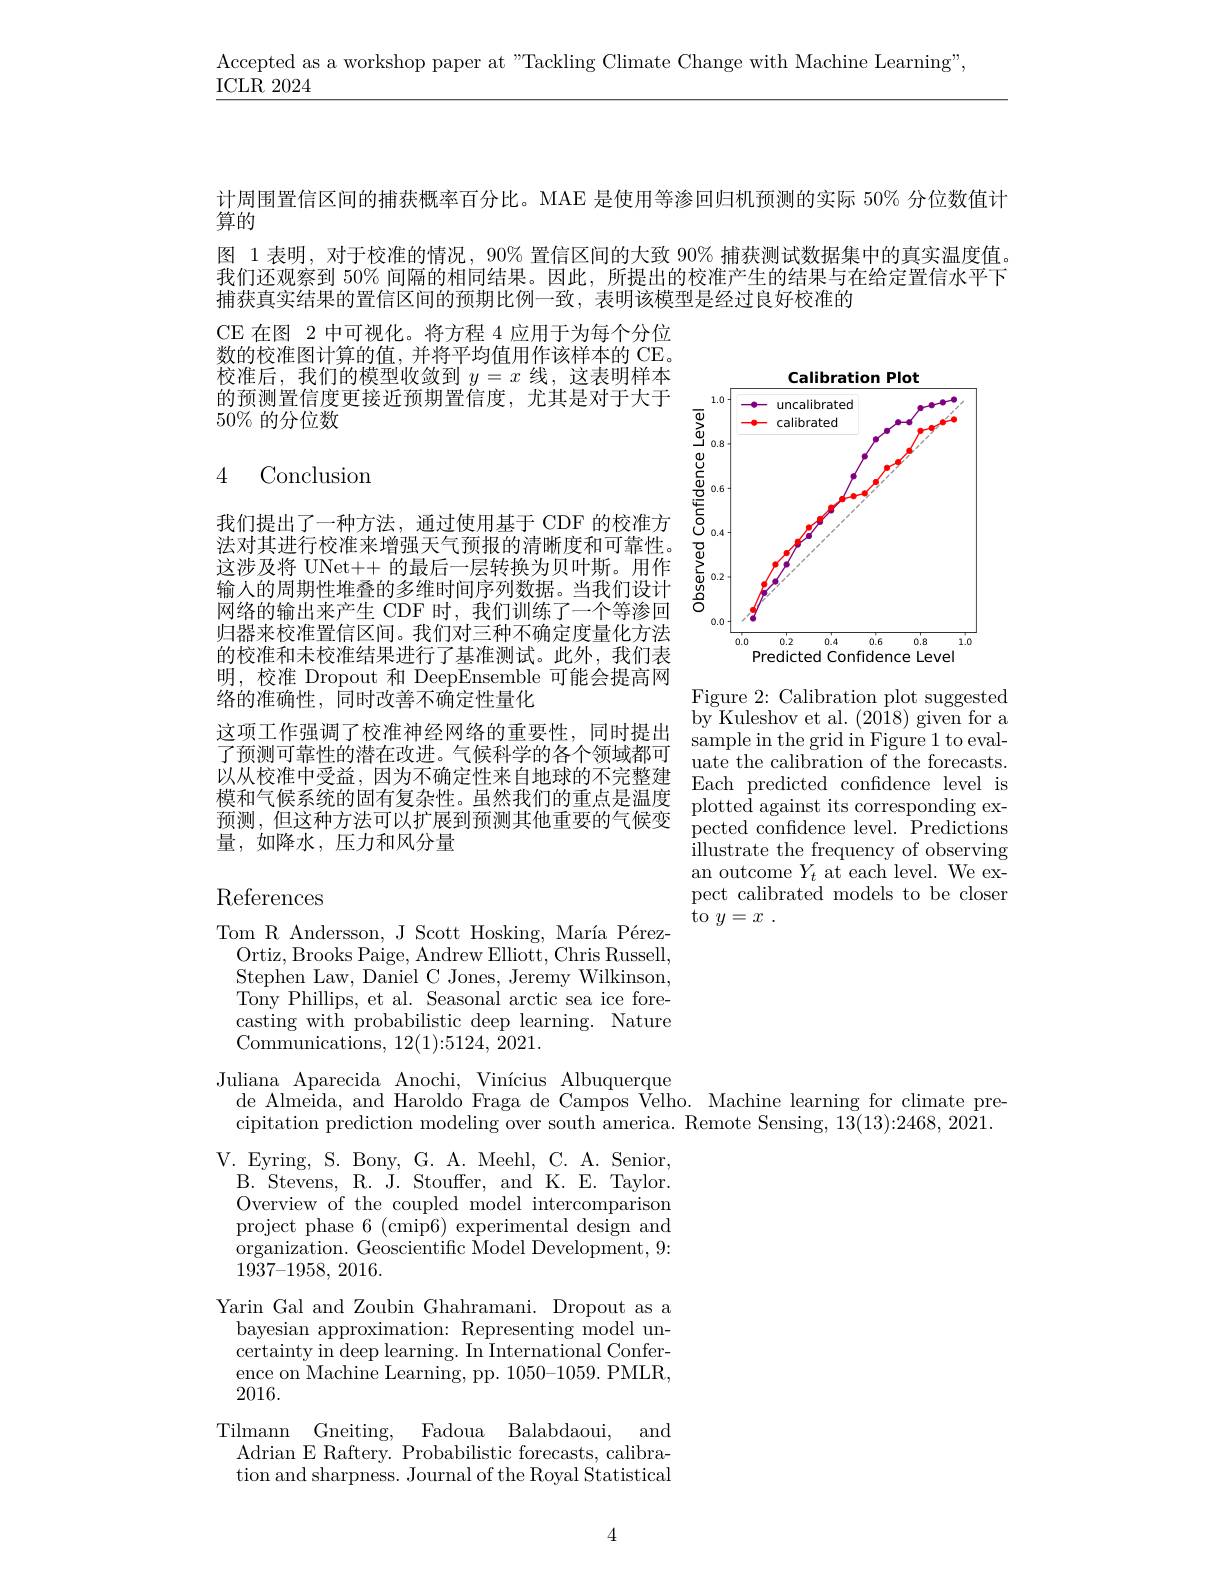
Accepted as a workshop paper at "Tackling Climate Change with Machine Learning",

ICLR 2024

计周围置信区间的捕获概率百分比。MAE 是使用等渗回归机预测的实际 50% 分位数值计
算的
图 1 表明，对于校准的情况，90% 置信区间的大致 90% 捕获测试数据集中的真实温度值。我们还观察到 50% 间隔的相同结果。因此，所提出的校准产生的结果与在给定置信水平下捕获真实结果的置信区间的预期比例一致，表明该模型是经过良好校准的

CE 在图 2 中可视化。将方程 4 应用于为每个分位数的校准图计算的值，并将平均值用作该样本的 CE。校准后，我们的模型收敛到$y=x$线，这表明样本的预测置信度更接近预期置信度，尤其是对千大干$50\%$的分位数

## 4 Conclusion

<FigureHere>

我们提出了一种方法，通过使用基于 CDF 的校准方法对其进行校准来增强天气预报的清晰度和可靠性。这涉及将 UNet++ 的最后一层转换为贝叶斯。用作输入的周期性堆叠的多维时间序列数据。当我们设计网络的输出来产生 CDF 时，我们训练了一个等渗回归器来校准置信区间。我们对三种不确定度量化方法的校准和未校准结果进行了基准测试。此外，我们表明，校准 Dropout 和 DeepEnsemble 可能会提高网络的准确性，同时改善不确定性量化
这项工作强调了校准神经网络的重要性，同时提出$\begin{array}{ll}\mathrm{by~Kuleshov~et~al.~(20i8)~given~for~a}\\\text{了颈测可管件的速在政进 气候利学的各个领域都而}&\mathrm{sample~in~the~grid~in~Figure~1~to~eval-}\end{array}$ 了预测可靠性的潜在改进。气候科学的各个领域都可 uate the calibration of the forecasts. 以从校准中受益，因为不确定性来自地球的不完整建 Each predicted confidence level is 模和气候系统的固有复杂性。虽然我们的重点是温度 plotted against its corresponding ex量，如降水，压力和风分量

Figure 2: Calibration plot suggested pected confidence level. Predictions $\bar{\text{illustrate the frequency of observing}}$ an outcome $Y_t$ at each level. We expect calibrated models to be closer to $y= x$ .

# References

Tom R Andersson, J Scott Hosking, María Pérez-
Ortiz, Brooks Paige, Andrew Elliott, Chris Russell, Stephen Law, Daniel C Jones, Jeremy Wilkinson, Tony Phillips, et al. Seasonal arctic sea ice forecasting with probabilistic deep learning. Nature ${\mathrm{Communications,~12(1):5124,~2021.}}$
Juliana Aparecida Anochi, Vinícius Albuquerque
$\dot{\text{de Almeida, and Haroldo Fraga de Campos Velho. Machine learning for climate pre-}}$ cipitation prediction modeling over south america. Remote Sensing, 13(13):2468, 2021.
V.Eyring, S. Bony, G. A. Meehl, C. A. Senior,
B. Stevens, R. J. Stouffer, and K. E. Taylor. Overview of the coupled model intercomparison project phase 6 (cmip6) experimental design and organization. Geoscientific Model Development, 9: 1937-1958, 2016.
Yarin Gal and Zoubin Ghahramani. Dropout as a
bayesian approximation: Representing model uncertainty in deep learning. In International Conference on Machine Learning, pp. 1050-1059. PMLR, 2016.
Tilmann Gneiting, Fadoua Balabdaoui, and
Adrian E Raftery. Probabilistic forecasts, calibration and sharpness. Journal of the Royal Statistical

4